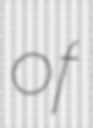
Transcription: of